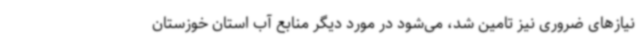
نیازهای ضروری نیز تامین شد، می‌شود در مورد دیگر منابع آب استان خوزستان